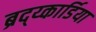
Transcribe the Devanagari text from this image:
ब्रद्य्कार्डिया